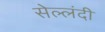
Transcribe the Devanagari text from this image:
सेल्लंदी